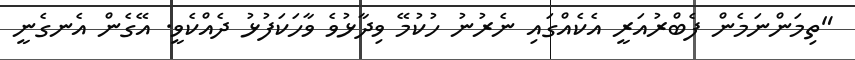
"ތިމަންނަމެން ފެބްރުއަރީ އެކެއްގައި ނެެރުނު ހުކުމޭ ވިދާޅުވެ ވާހަކަފުޅު ދެއްކެވީ. އޭގެން އެނގެނީ